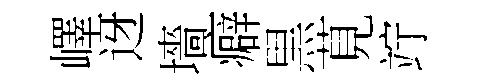
嶧迓墻癖黒莧竚